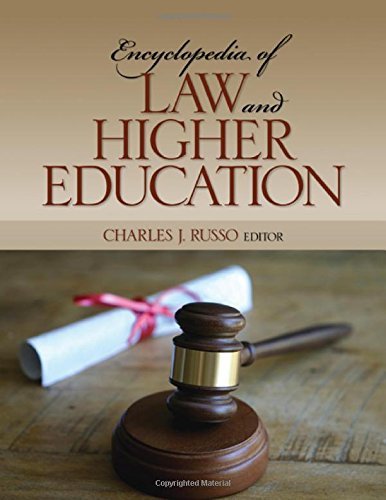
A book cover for Encyclopedia of Law and Higher Education; Law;